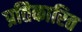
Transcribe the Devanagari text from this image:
प्रतिकारित